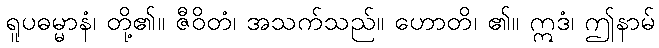
ရူပဓမ္မာနံ၊ တို့၏။ ဇီဝိတံ၊ အသက်သည်။ ဟောတိ၊ ၏။ ဣဒံ၊ ဤနာမ်